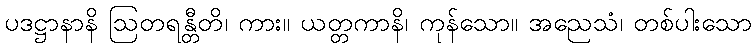
ပဒဋ္ဌာနာနိ ဩတရန္တီတိ၊ ကား။ ယတ္တကာနိ၊ ကုန်သော။ အညေသံ၊ တစ်ပါးသော